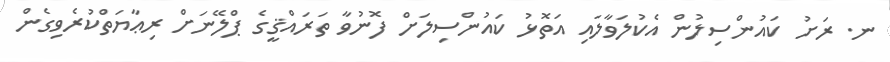
ނ. ރަށު ކައުންސިލުން އެކުލަވާލައި އަތޮޅު ކައުންސިލަށް ފޮނުވާ ތަރައްޤީގެ ޕްލޭނަށް ރިޢާޔަތްކުރެވިގެން